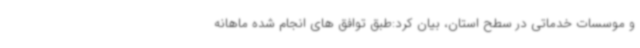
و موسسات خدماتی در سطح استان، بیان کرد:‌طبق توافق های انجام شده ماهانه